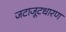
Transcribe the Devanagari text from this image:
जटाजूटधारण